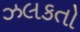
ઝલકતો